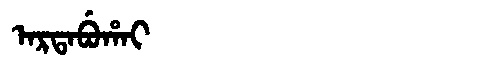
Manchu: ᠠᡵᡨᠠᠪᡠᡥᠠᡳ
Romanization: ARTABUHAI